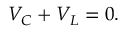
V _ { C } + V _ { L } = 0 .